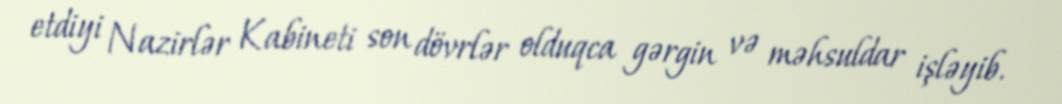
etdiyi Nazirlər Kabineti son dövrlər olduqca gərgin və məhsuldar işləyib.